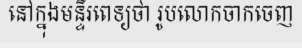
នៅក្នុងមន្ទីរពេទ្យថា រូបលោកចាកចេញ